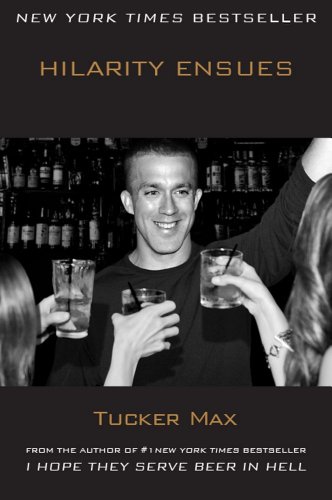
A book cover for Hilarity Ensues; Tucker Max; Humor & Entertainment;